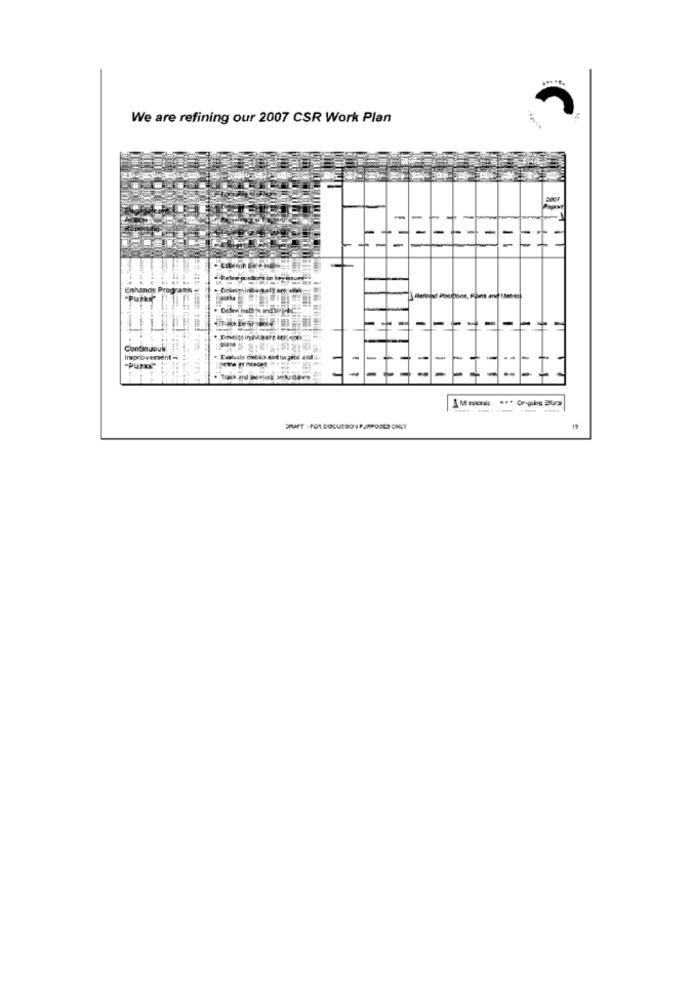
We are refining our 2007 CSR Work Plan
--
H
Enhance Proar
-Purk
-
-
-
Continuous
Inaprovement-
-
-
.-
-
"Putks"
-
-----
ERAET - FOR DOCURSO 1 P.JAPOOLD ONLY